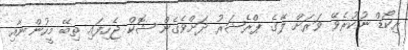
ރިކޯޑް ނުކުރެވޭ ވަރަށް ލޭގެ ޕްރެޝަރު ދަށްވެގެން ޝޮކް ޖެހިފައި ތިބޭ މީހުންނާއި